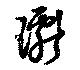
瓛